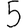
Digit: 5